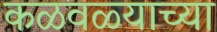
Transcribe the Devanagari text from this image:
कळवळ्याच्या